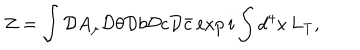
LaTeX: Z = \int { \cal D } A _ { \mu } { \cal D } \theta { \cal D } b { \cal D } c { \cal D } \bar { c } \exp i \int d ^ { 4 } x \, L _ { \mathrm { T } } ,